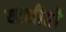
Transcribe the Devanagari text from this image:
यानीही